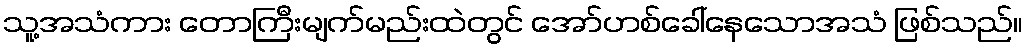
သူ့အသံကား တောကြီးမျက်မည်းထဲတွင် အော်ဟစ်ခေါ်နေသောအသံ ဖြစ်သည်။